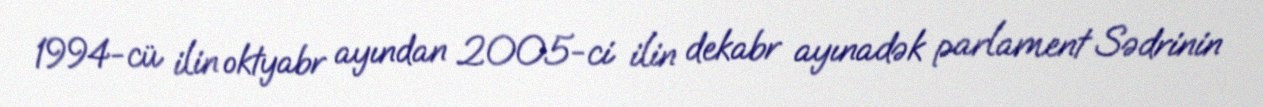
1994-cü ilin oktyabr ayından 2005-ci ilin dekabr ayınadək parlament Sədrinin